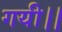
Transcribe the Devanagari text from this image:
गयी।।